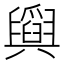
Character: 𦦪